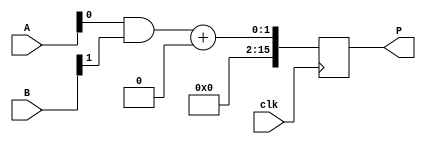
module wallace_tree_multiplier #(parameter N = 8) (
    input clk,
    input [N-1:0] A,
    input [N-1:0] B,
    output reg [2*N-1:0] P
);

// Partial product storage
wire [N-1:0] pp [0:N-1]; // Partial products

// Generate partial products
genvar i;
generate
    for (i = 0; i < N; i = i + 1) begin : partial_product_gen
        assign pp[i] = A & {N{B[i]}}; // AND A with each bit of B
    end
endgenerate

// Wallace tree reduction
wire [N-1:0] sum [0:N-1]; // Sums at each stage
wire [N-1:0] carry [0:N-1]; // Carries at each stage

// Half adder
function [1:0] half_adder(input a, input b);
    half_adder = {a & b, a ^ b};
endfunction

// Full adder
function [1:0] full_adder(input a, input b, input c);
    full_adder = {(a & b) | (b & c) | (a & c), a ^ b ^ c};
endfunction

// Wallace tree reduction stages
integer j, k;
reg [N-1:0] temp_sum, temp_carry;

always @(posedge clk) begin
    // First stage: Combine pairs of partial products
    for (j = 0; j < N; j = j + 1) begin
        if (j % 2 == 0 && j + 1 < N) begin
            {carry[j/2], sum[j/2]} = full_adder(pp[j][0], pp[j+1][0], 0); // First bit
        end else if (j % 2 == 1) begin
            {carry[j/2], sum[j/2]} = half_adder(pp[j][0], 0); // Last bit
        end
    end

    // Second stage: Combine the results again
    for (k = 0; k < (N/2); k = k + 1) begin
        if (k % 2 == 0 && k + 1 < (N/2)) begin
            {temp_carry, temp_sum} = full_adder(sum[k][0], sum[k+1][0], carry[k/2]);
            carry[k/2] <= temp_carry;
            sum[k/2] <= temp_sum;
        end else if (k % 2 == 1) begin
            {temp_carry, temp_sum} = half_adder(sum[k][0], carry[k/2]);
            carry[k/2] <= temp_carry;
            sum[k/2] <= temp_sum;
        end
    end

    // Final addition of the last two sums
    P <= sum[0] + carry[0];
end

endmodule